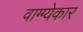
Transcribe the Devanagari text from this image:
वाग्ग्येकार